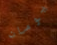
يومان